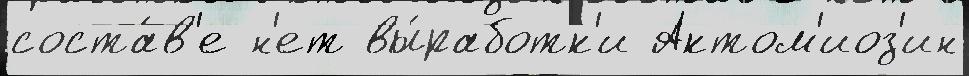
соста́в'е н'ет вы́работк'и Актом'иоз'ин